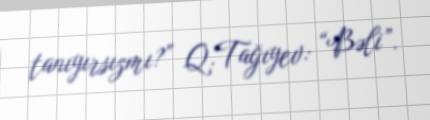
tanıyırsızmı?” Q.Tağıyev: “Bəli”.